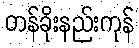
တန်ခိုးနည်းကုန်